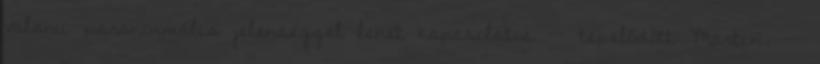
valami paranormális jelenséggel lehet kapcsolatos -- tépelődött Martin. --